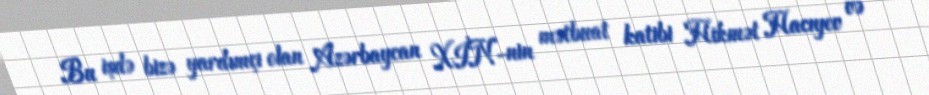
Bu işdə bizə yardımçı olan Azərbaycan XİN-nin mətbuat katibi Hikmət Hacıyev və